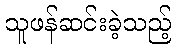
သူဖန်ဆင်းခဲ့သည့်